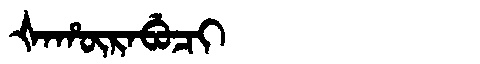
Manchu: ᡧᠠᡥᡡᡵᠠᠪᡠᠴᡳ
Romanization: ŠAHŪRABUCI